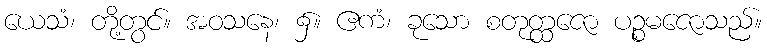
ယေသံ၊ တို့တွင်။ အဝသနေ၊ ၌။ ဧကံ၊ ခုသော စတုတ္ထဇော ပဉ္စမဇောသည်။